Madras plague regulations in force outside the Presidency town - Volume 3
Disease focus: Plague
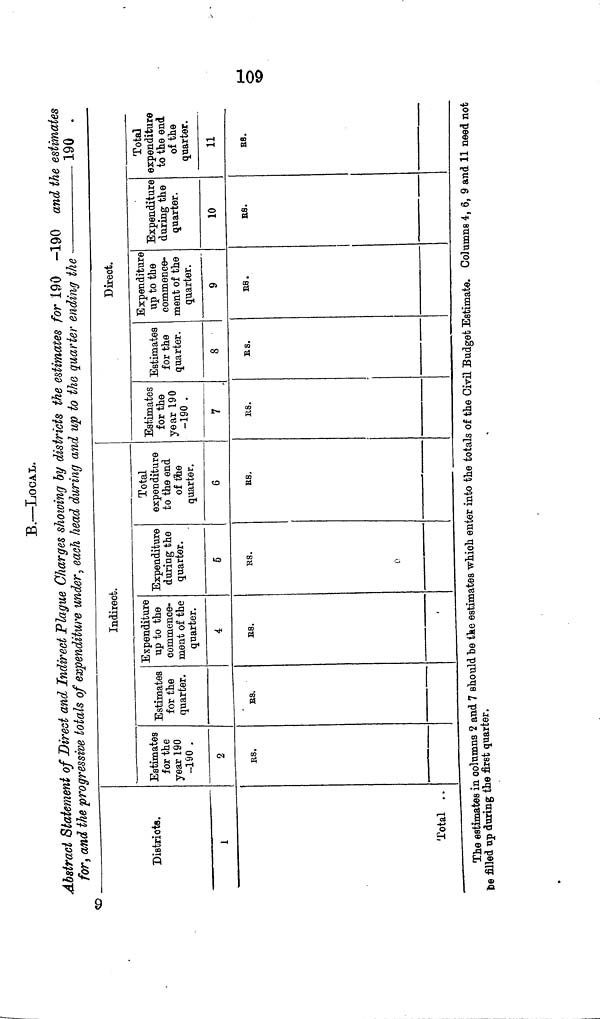
f-»
o
<o
Jb.—IjOCAL.
Abstract Statement of Direct and Indirect Plague Charges showing by districts the estimates for 190 -190 and the estimates
for, and the progressive totals of expenditure under, each head during and up to the quarter ending the
190
Districts.
1
Total . .
Indirect.
Estimâtes
for thé
year 190
-190 .
2
RS.
Estimâtes
for thé
quarter.
ES.
Expenditure
up to the
commence-
ment of the
quarter.
4
ES.
•
Expenditure
during the
quarter.
5
RS.
Total
expenditure
to the end
of ibe
quarter.
6
us.
Direct.
Estimates
for the
year 190
-190 .
7
R8.
Estimates
for the
quarter.
8
RS.
Expenditure
up to the
commence-
ment of the
quarter.
9
KB.
Expenditure
during the
quarter.
10
RS.
Total
expenditure
to the end
of the
quarter.
11
BS.
The estimates in columns 2 and 7 should be tke estimates -which enter into the totals of the Civil Budget Estimate. Columns 4, 6, 9 and 11 need not
te filled up during the first quarter.
<D